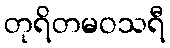
တုရိတမဝသရီ